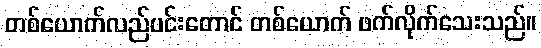
တစ်ယောက်လည်ပင်းတောင် တစ်ယောက် ဖက်လိုက်သေးသည်။